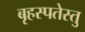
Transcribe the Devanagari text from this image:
बृहस्पतेस्तु